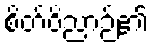
စိတ်ဝိညာဉ်၏